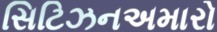
સિટિઝનઅમારો